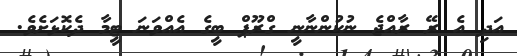
އަދި އެ ރޭ ރާއްޖެ ނުކުންނާނީ ގްރޫޕް ބީގެ އެއްވަނަ ޓީމާ ދެކޮޅަށެވެ.